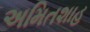
અમિતશાહ